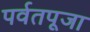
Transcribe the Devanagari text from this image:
पर्वतपूजा